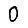
Digit: 0